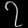
Digit: ၇